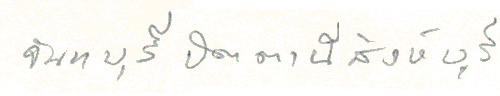
จันทบุรีปัตตานีสิงห์บุรี